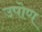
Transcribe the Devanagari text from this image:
उपोण